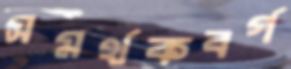
সমর্থকবর্গ